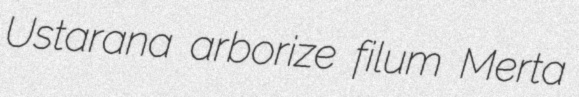
Ustarana arborize filum Merta